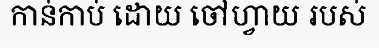
កាន់កាប់ ដោយ ចៅហ្វាយ របស់